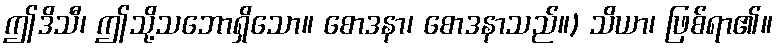
ဤဒိသီ၊ ဤသို့သဘောရှိသော။ စောဒနာ၊ စောဒနာသည်။) သိယာ၊ ဖြစ်ရာ၏။